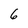
Character: 6